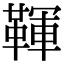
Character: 䩵